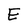
Character: E